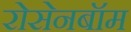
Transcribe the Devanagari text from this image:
रोसेनबॉम